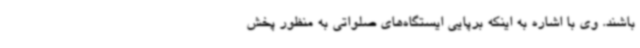
باشند. وی با اشاره به اینکه برپایی ایستگاه‌های صلواتی به منظور پخش